Medical and sanitary report of the native army of Bengal for the year
Year: 1877
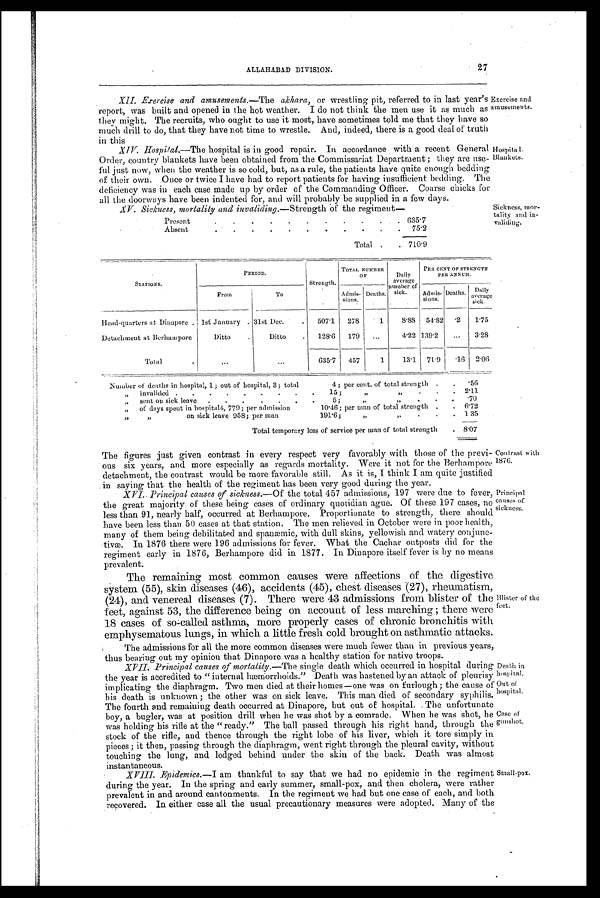
ALLAHABAD DIVISION.
27
• XII. Exercise and amusements.—The akhara, or wrestling pit, referred to in last year's
report, was built and opened in the hot weather. I do not think the men use it as much as
they might. The recruits, who ought to use it most, have sometimes told me that they have so
much drill to do, that they have not time to wrestle. And, indeed, there is a good deal of truth
in this
XIV. Hospital.—The hospital is in good repair. In accordance with a recent General
Order, country blankets have been obtained from the Commissariat Department ; they are use-
ful just now, when the weather is so cold, but, as a rule, the patients have quite enough bedding
of their own. Once or twice I have had to report patients for having insufficient bedding. The
deficiency was in each case made up by order of the Commanding Officer. Coarse chicks for
all the doorways have been indented for, and will probably be supplied in a few days.
XV. Sickness, mortality and invaliding.—Strength of the regiment—
Present .
.
.
.
. .
.
.
.
.
. 635.7
Absent .
.
.
.
. .
.
.
.
.
.
7 5 . 2
Total .
. 710.9
Exercise and
amusements.
Hospital.
Blankets.
Sickness, mor-
tality and in-
validing.
S T A T I O N S .
PERIOD.
Strength.
TOTAL NUMBER
O F
Daily
average
number of
sick.
PER CENT OF STRENGTH
PER ANNUM.
From
To
Admis-
sions.
Deaths.
Admis-
sions.
Deaths.
Daily
average
sick.
Head-quarters at Dinapore. 1st January . 31st Dee.
.
507.1
278
1
8.88 54.82 .2
1.75
Detachment at Berhampore
Ditto
Ditto
.
128.6
179
...
4.22 139.2
3.28
Total
. . .
. . .
6 3 5 . 7 457
1
13.1
71.9
.16
2.06
Number of deaths in hospital, 1; out of hospital, 3; total
4; per cent. of total strength .
.
.56
„
invalided .
.
.
.
.
.
.
.
.
15;
"
"
. .
. 2.11
„
sent on sick leave
.
.
.
.
.
.
.
5 ;
,,
,,
.
•
.
.70
„
of days spent in hospital4, 779; per admission
10.46; per man of total strength .
.
6.72
" "
on sick leave 958; per man
191.6;
,,
"
.
. . 135
Total temporary loss of service per man of total strength
. 8.07
The figures just given contrast in every respect very favorably with those of the previ-
ous six years, and more especially as regards mortality. Were it not for the Berhampore
detachment, the contrast would be more favorable still. As it is, I think I am quite justified
in saying that the health of the regiment has been very good during the year.
XVI. Principal causes of sickness.—Of the total 457 admissions, 197 were clue to fever,
the great majority of these being cases of ordinary quotidian ague. Of these 197 cases, no
less than 91, nearly half, occurred at Berhampore. Proportionate to strength, there should
have been less than 50 cases at that station. The men relieved in October were in poor health,
many of them being debilitated and spanæmic, with dull skins, yellowish and watery conjunc-
tivæ. In 1876 there were 196 admissions for fever. What the Cachar outposts did for the
regiment early in 1876, Berhampore did in 1877. In Dinapore itself fever is by no means
prevalent.
The remaining most common causes were affections of the digestive
system (55), skin diseases (46), accidents (45), chest diseases (27), rheumatism,
(24), and venereal diseases (7). There were 43 admissions from blister of the
feet, against 53, the difference being on account of less marching ; there were
18 cases of so-called asthma, more properly cases of chronic bronchitis with
emphysematous lungs, in which a little fresh cold brought on asthmatic attacks.
The admissions for all the more common diseases were much fewer than in previous years,
thus bearing out my opinion that Dinapore was a healthy station for native troops.
XVII. Principal causes of mortality.—The single death which occurred in hospital during
the year is accredited to "internal hæmorrhoids." Death was hastened by an attack of pleurisy
implicating the diaphragm. Two men died at their homes—one was on furlough; the cause of
his death is unknown ; the other was on sick leave. This man died of secondary syphilis.
The fourth and remaining death occurred at Dinapore, but out of hospital. The unfortunate
boy, a bugler, was at position drill when he was shot by a comrade. When he was shot, he
was holding his rifle at the "ready." The ball passed through his right hand, through the
stock of the rifle, and thence through the right lobe of his liver, which it tore simply in
pieces ; it then, passing through the diaphragm, went right through the pleural cavity, without
touching the lung, and lodged behind under the skin of the back. Death was almost
instantaneous.
XVIII. Epidemics.—I am thankful to say that we had no epidemic in the regiment
during the year. In the spring and early summer, small-pox, and then cholera, were rather
prevalent in and around cantonments. In the regiment we had but one case of each, and both
recovered. In either case all the usual precautionary measures were adopted. Many of the
Contrast with
1876.
Principal
causes of
sickness.
Blister of the
feet.
Death in
hospital.
Out of
hospital.
Case of
gunshot.
Small-pox.